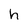
Character: h